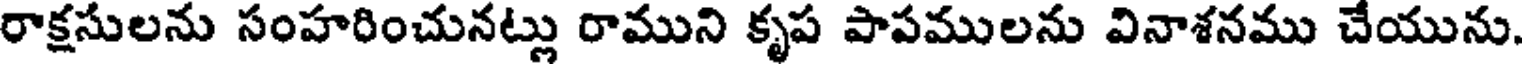
రాక్షసులను సంహరించునట్లు రాముని కృప పాపములను వినాశనము చేయును.